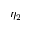
\eta _ { 2 }